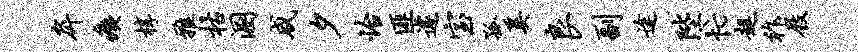
戽痍椁雅枯溷咸夕怡匪遽室孤奚良副途陛忙趄祚屐